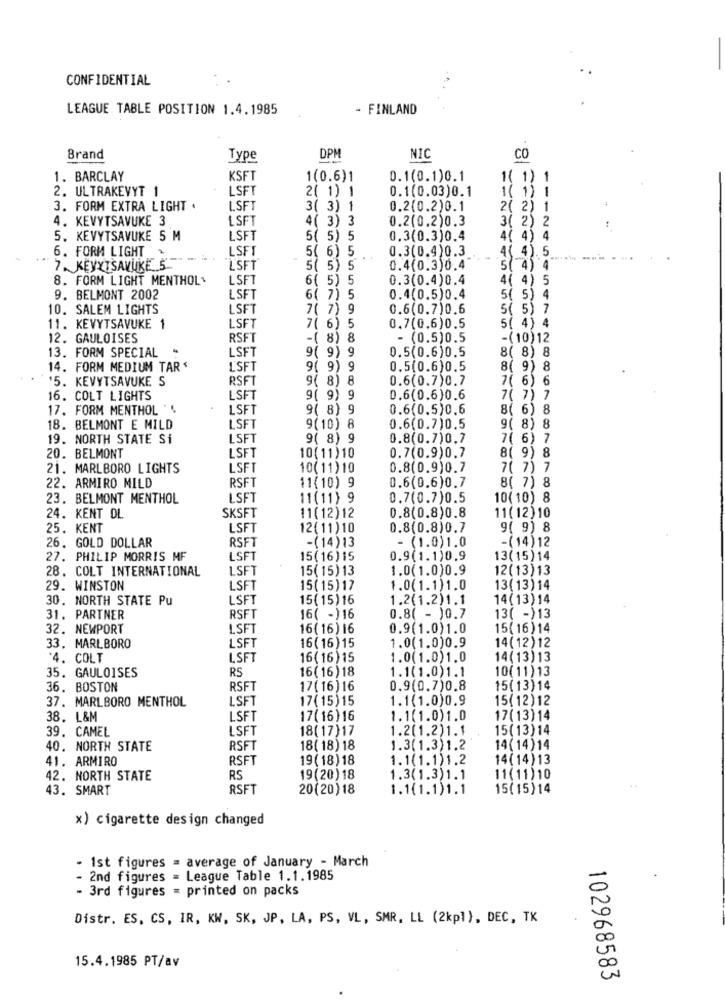
CONFIDENTIAL
LEAGUE TABLE POSITION 1.4.1985
- FINLAND
Brand
Type
DPM
NIC
CO
1. BARCLAY
KSFT
1(0.6)1
0.1(0.1)0.1
1( 1)
2. ULTRAKEVYT 1
LSFT
2( 1) 1
0.1(0.03)0.1
1( 1) 1
3. FORM EXTRA LIGHT .
LSFT
3( 3) 1
0.2(0.2)0.1
2( 2) 1
4. KEVYTSAVUKE 3
LSFT
4( 3) 3
0.2(0.2)0.3
3( 2) 2
5. KEVYTSAVUKE 5 M
LSFT
5( 5)
0.3(0.3)0.4
4( 4) 4
6. FORM LIGHT
LSFT
5( 6) 5
0.3(0.4)0.3
( 4). 5.
7. KEYYTSAVUKE 5.
"LSFT
5( 5)
0.4(0.3)0.4
5(4) 4
8. FORM LIGHT MENTHOL
LSFT
6( 5) 5
0.3(0.4)0.4
4( 4) 5
9. BELMONT 2002
LSFT
6( 7) 5
0.4(0.5)0.4
5( 5) 4
10. SALEM LIGHTS
LSFT
7( 7) 9
0.6(0.7)0.6
5( 5) 7
11. KEVYTSAVUKE 1
LSFT
7( 6)
0.7(0.6)0.5
5( 4) 4
12. GAULOISES
RSFT
-( 8) 8
- (0.5)0.5
-(10)12
13. FORM SPECIAL "
LSFT
9( 9)
0.5(0.6)0.5
8( 8) 8
14. FORM MEDIUM TAR'
L'SFT
9( 9) 9
0.5(0.6)0.5
8( 9) 8
'5. KEVYTSAVUKE S
RSFT
9( 8)
0.6(0.7)0.7
7( 6) 6
16. COLT LIGHTS
LSFT
9( 9) 9
0.6(0.6)0.6
7( 7) 7
17. FORM MENTHOL " .
LSFT
9( 8) 9
0.6(0.5)0.6
8( 6) 8
18. BELMONT E MILD
LSFT
9(10)
0.6(0.7)0.5
9( 8) 8
19. NORTH STATE Si
LSFT
9( 8) 9
0.8(0.7)0.7
7( 6) 7
LSFT
20. BELMONT
10(11)10
0.7(0.9)0.7
8( 9) 8
21. MARLBORO LIGHTS
LSFT
10(11) 10
0.8(0.9)0.7
7( 7) 7
RSFT
0.6(0.6)0.7
22. ARMIRO MILD
11(10) 9
8( 7) 8
23. BELMONT MENTHOL
LSFT
11(11) 9
0.7(0.7)0.5
10( 10) 8
0.8(0.8)0.8
11(12) 10
24. KENT DL
SKSFT
11(12) 12
25. KENT
LSFT
12(11)10
0.8(0.8)0.7
9( 9) 8
26. GOLD DOLLAR
RSFT
-(14)13
- (1.0)1.0
-(14) 12
27. PHILIP MORRIS MF
LSFT
15(16) 15
0.9(1.1)0.9
13(15) 14
28. COLT INTERNATIONAL
LSFT
15( 15) 13
1.0(1.0)0.9
12( 13) 13
29. WINSTON
LSFT
15(15)17
1.0(1.1)1.0
13(13) 14
30. NORTH STATE Pu
LSFT
15(15)16
1.2(1.2)1.1
14(13) 14
31. PARTNER
RSFT
16( -)16
0.8( - )0.7
13( -)13
32. NEWPORT
LSFT
16( 16) 16
0.9(1.0)1.0
15(16)14
33. MARLBORO
LSFT
16(16) 15
1.0(1.0)0.9
14( 12) 12
4. COLT
LSFT
16(16) 15
1.0(1.0)1.0
14(13)13
35. GAULOISES
16( 16) 18
1.1(1.0)1.1
10(11)13
RS
36. BOSTON
RSFT
17( 16) 16
0.9(0.7)0.8
15(13) 14
37. MARLBORO MENTHOL
LSFT
17(15)15
1.1(1.0)0.9
15(12)12
38. L&M
LSFT
17( 16) 16
1.1(1.0)1.0
17(13) 14
39. CAMEL
LSFT
18( 17)17
1.2(1.2)1.1
15(13) 14
40. NORTH STATE
RSFT
18( 18) 18
1.3(1.3)1.2
14(14)14
41. ARMIRO
RSFT
19(18)18
1.1(1.1)1.2
14(14) 13
42. NORTH STATE
RS
19(20) 18
1.3(1.3)1.1
11(11)10
43. SMART
RSFT
20(20)18
1.1(1.1)1.1
15( 15) 14
x) cigarette design changed
- 1st figures = average of January - March
- 2nd figures = League Table 1.1.1985
- 3rd figures = printed on packs
Distr. ES, CS, IR, KW, SK, JP, LA, PS, VL, SMR, LL (2kpl), DEC, TK
15.4.1985 PT/av
102968583